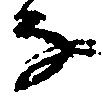
な